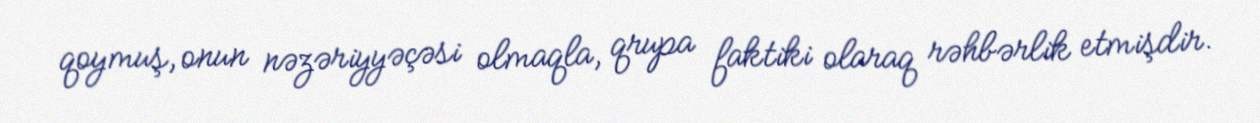
qoymuş, onun nəzəriyyəçəsi olmaqla, qrupa faktiki olaraq rəhbərlik etmişdir.